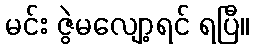
မင်း ဇွဲမလျော့ရင် ရပြီ။